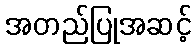
အတည်ပြုအဆင့်